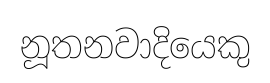
නූතනවාදියෙකු